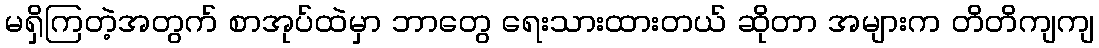
မရှိကြတဲ့အတွက် စာအုပ်ထဲမှာ ဘာတွေ ရေးသားထားတယ် ဆိုတာ အများက တိတိကျကျ